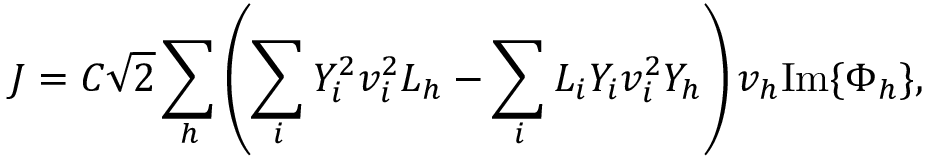
J = C \sqrt { 2 } \sum _ { h } \left( \sum _ { i } Y _ { i } ^ { 2 } v _ { i } ^ { 2 } L _ { h } - \sum _ { i } L _ { i } Y _ { i } v _ { i } ^ { 2 } Y _ { h } \right) v _ { h } \mathrm { I m } \{ \Phi _ { h } \} ,